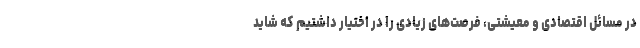
در مسائل اقتصادی و معیشتی، فرصت‌های زیادی را در اختیار داشتیم که شاید